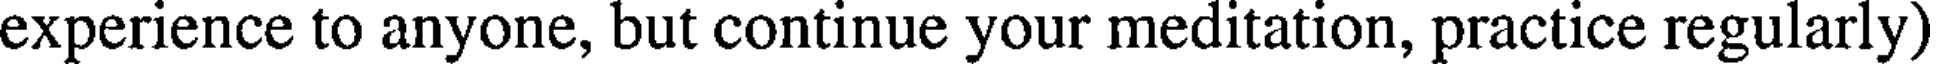
experience to anyone, but continue your meditation, practice regularly)